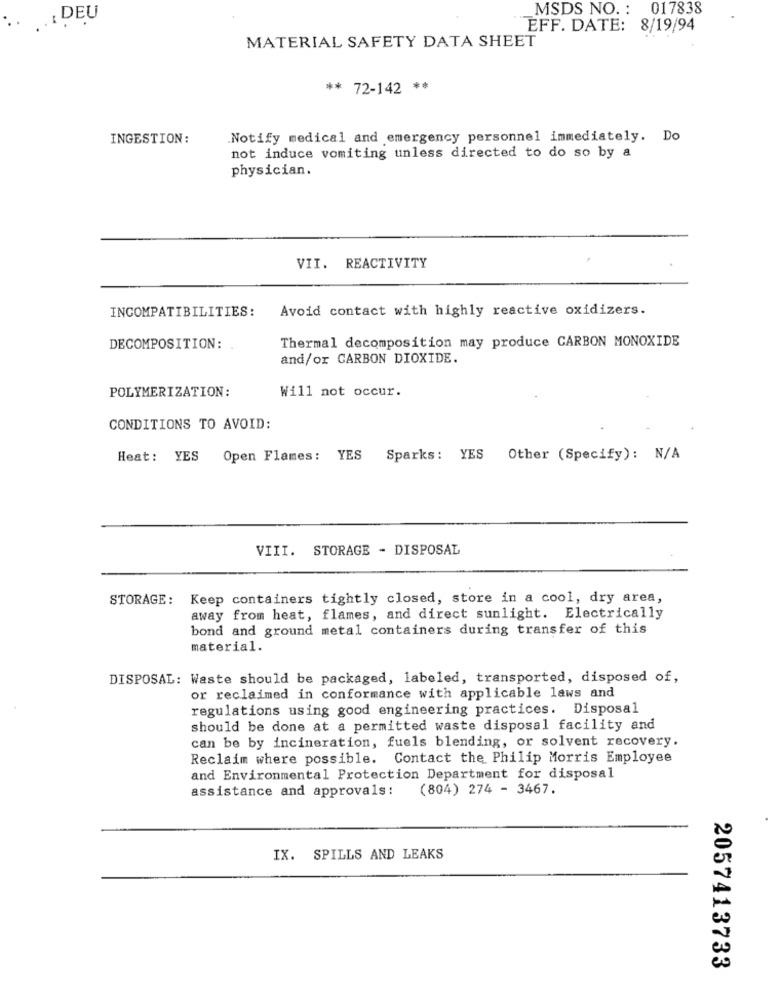
MSDS NO. : 017838
: DEU
EFF. DATE: 8/19/94
MATERIAL SAFETY DATA SHEET
** 72-142 **
INGESTION:
Notify medical and emergency personnel immediately. Do
not induce vomiting unless directed to do so by a
physician.
VII. REACTIVITY
INCOMPATIBILITIES:
Avoid contact with highly reactive oxidizers.
Thermal decomposition may produce CARBON MONOXIDE
DECOMPOSITION:
and/or CARBON DIOXIDE.
POLYMERIZATION:
Will not occur.
CONDITIONS TO AVOID:
Heat: YES
Open Flames: YES Sparks: YES Other (Specify): N/A
VIII. STORAGE - DISPOSAL
STORAGE: Keep containers tightly closed, store in a cool, dry area,
away from heat, flames, and direct sunlight. Electrically
bond and ground metal containers during transfer of this
material.
DISPOSAL: Waste should be packaged, labeled, transported, disposed of,
or reclaimed in conformance with applicable laws and
regulations using good engineering practices. Disposal
should be done at a permitted waste disposal facility and
can be by incineration, fuels blending, or solvent recovery.
Reclaim where possible. Contact the Philip Morris Employee
and Environmental Protection Department for disposal
assistance and approvals: (804) 274 - 3467.
IX. SPILLS AND LEAKS
2057413733